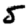
Digit: 5